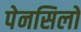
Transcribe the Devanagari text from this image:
पेनसिलों